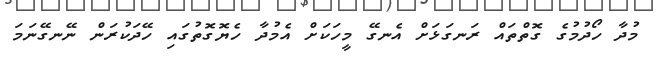
މުދާ ހޯދުމުގެ ގޮތްތައް ރަނގަޅަށް އެނގޭ މީހަކަށް އެމުދާ ހެޔޮގޮތުގައި ހޭދަކުރަން ނޭނގޭނަމަ